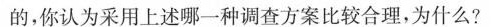
的，你认为采用上述哪一种调查方案比较合理，为什么?